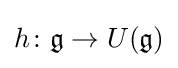
h\colon {\mathfrak {g}}\to U({\mathfrak {g}})